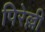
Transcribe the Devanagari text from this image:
पिरेल्ली